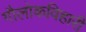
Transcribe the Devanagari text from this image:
गौलोकविहारी